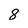
Character: 8